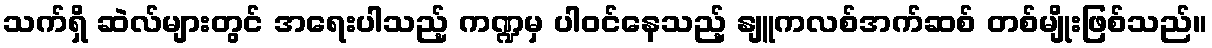
သက်ရှိ ဆဲလ်များတွင် အရေးပါသည့် ကဏ္ဍမှ ပါဝင်နေသည့် နျူကလစ်အက်ဆစ် တစ်မျိုးဖြစ်သည်။